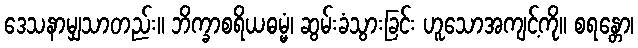
ဒေသနာမျှသာတည်း။ ဘိက္ခာစရိယဓမ္မံ၊ ဆွမ်းခံသွားခြင်း ဟူသောအကျင့်ကို။ စရန္တော၊